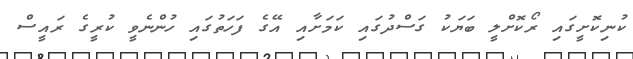
ކުނިކޮށީގައި ރޯކޮށްލީ ބަޔަކު ގަސްދުގައި ކަމަށާއި އޭގެ ފަހަތުގައި ހުންނެވީ ކުރީގެ ރައީސް